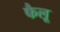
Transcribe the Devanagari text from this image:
फैलू